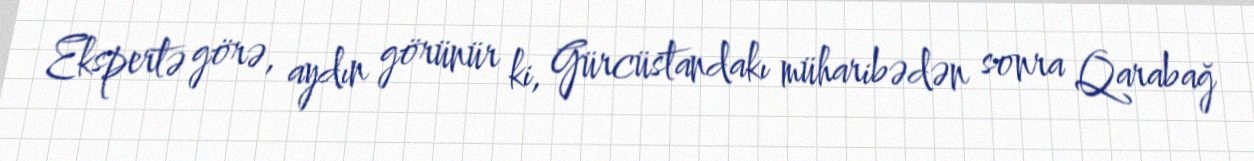
Ekspertə görə, aydın görünür ki, Gürcüstandakı müharibədən sonra Qarabağ